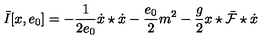
\bar { I } [ x , e _ { 0 } ] = - \frac { 1 } { 2 e _ { 0 } } \dot { x } \star \dot { x } - \frac { e _ { 0 } } { 2 } m ^ { 2 } - \frac { g } { 2 } x \star \bar { \cal F } \star \dot { x }